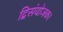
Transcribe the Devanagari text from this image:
द्विसंयोजक।